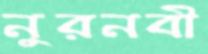
নুরনবী